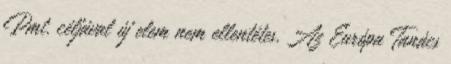
Pmt. céljával új elem nem ellentétes. Az Európa Tanács